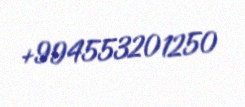
+994553201250